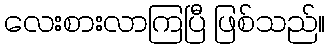
လေးစားလာကြပြီ ဖြစ်သည်။